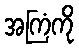
အကြံကို